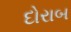
દોરાબ